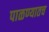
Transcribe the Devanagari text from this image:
पाळण्यातच